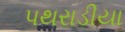
પથરાડીયા